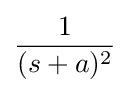
{\frac {1}{(s+a)^{2}}}